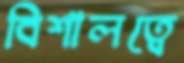
বিশালত্বে